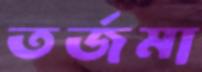
তর্জমা